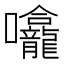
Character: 㘛